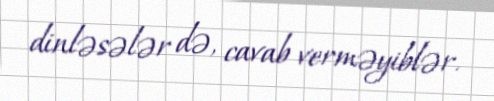
dinləsələr də, cavab verməyiblər.